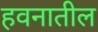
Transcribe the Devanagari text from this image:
हवनातील